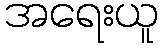
အရေးယူ